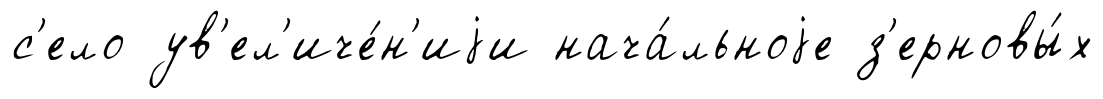
с'ело ув'ел'иче́н'иjи нача́льноjе з'ерновы́х